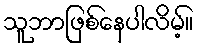
သူဘာဖြစ်နေပါလိမ့်။